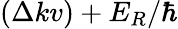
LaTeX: (\Delta kv)+E_{R}/\hbar